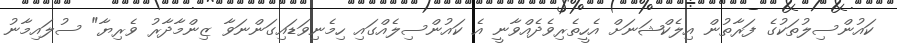
ކައުންސިލުތަކުގެ ފަރާތުން އިލެކްޝަނަށް އެހީތެރިވެދެއްވާނީ އެ ކައުންސިލެއްގައި ހިމެނިވަޑައިގަންނަވާ ޒިންމާދާރު ވެރިޔާ" ސުލައިމާނު